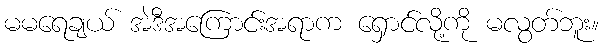
မမရေချယ် အဲဒီအကြောင်းအရာက ရှောင်လို့ကို မလွတ်ဘူး။